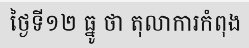
ថ្ងៃទី១២ ធ្នូ ថា តុលាការកំពុង